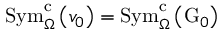
\mathrm { S y m } _ { \Omega } ^ { \mathrm { c } } \left( v _ { 0 } \right) = \mathrm { S y m } _ { \Omega } ^ { \mathrm { c } } \left( \mathrm { G } _ { 0 } \right)